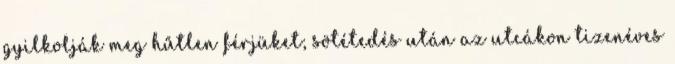
gyilkolják meg hűtlen férjüket; sötétedés után az utcákon tizenéves